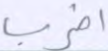
اضرب